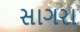
સાગરા